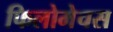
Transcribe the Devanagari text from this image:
फिलोमेचस